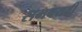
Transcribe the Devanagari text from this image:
समवयवी